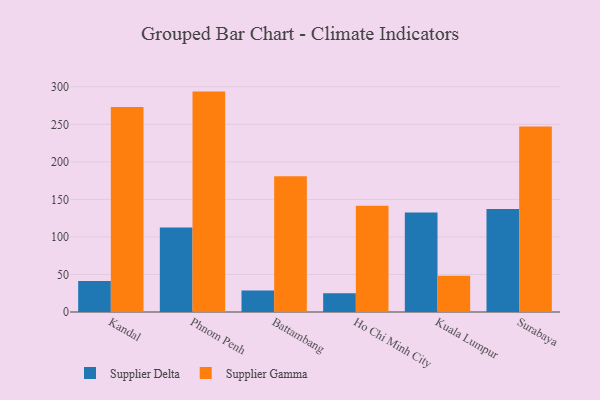
{"axis": {"x": "City", "y": "Backlog"}, "legend": ["Supplier Delta", "Supplier Gamma"], "data": [{"x": "Kandal", "y": 41.4, "type": "Supplier Delta"}, {"x": "Kandal", "y": 273.1, "type": "Supplier Gamma"}, {"x": "Phnom Penh", "y": 112.5, "type": "Supplier Delta"}, {"x": "Phnom Penh", "y": 293.6, "type": "Supplier Gamma"}, {"x": "Battambang", "y": 28.8, "type": "Supplier Delta"}, {"x": "Battambang", "y": 180.7, "type": "Supplier Gamma"}, {"x": "Ho Chi Minh City", "y": 24.9, "type": "Supplier Delta"}, {"x": "Ho Chi Minh City", "y": 141.5, "type": "Supplier Gamma"}, {"x": "Kuala Lumpur", "y": 132.6, "type": "Supplier Delta"}, {"x": "Kuala Lumpur", "y": 48.2, "type": "Supplier Gamma"}, {"x": "Surabaya", "y": 137.2, "type": "Supplier Delta"}, {"x": "Surabaya", "y": 247.1, "type": "Supplier Gamma"}]}